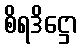
စိရဒိဋ္ဌော